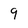
Character: 9